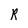
Character: R